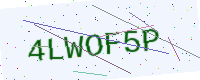
Text: 4LWOF5P